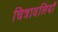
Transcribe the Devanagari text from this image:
चित्रावलियाँ